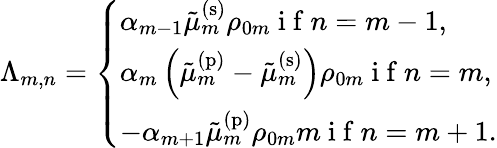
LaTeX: \Lambda_{m,n}=\left\{ \begin{array}{ll}{\alpha_{m-1}\tilde{\mu}_{m}^{\mathrm{(s)}}\rho_{0m}\mathrm{~i~f~}n=m-1,}\\ {\alpha_{m}\left(\tilde{\mu}_{m}^{\mathrm{(p)}}-\tilde{\mu}_{m}^{\mathrm{(s)}}\right)\rho_{0m}\mathrm{~i~f~}n=m,}\\ {-\alpha_{m+1}\tilde{\mu}_{m}^{\mathrm{(p)}}\rho_{0m}m\mathrm{~i~f~}n=m+1.}\end{array}\right.